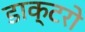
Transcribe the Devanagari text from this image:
डाक्टरो